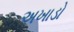
અખાડો